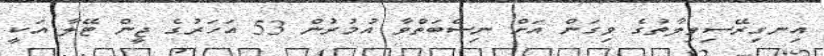
އިނގިރޭސިވިލާތުގެ ވިގަން އަށް ނިސްބަތްވާ އުމުރުން 53 އަހަރުގެ ޖީން ޓޭލާ އަކީ